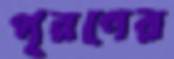
পূরণের